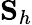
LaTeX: {\mathbf S}_{h}